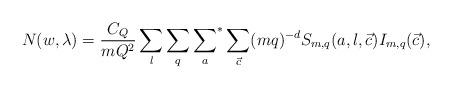
LaTeX: \begin{align*}N(w,\lambda)=\frac{C_Q } {mQ^2} \sum_{l} \sum_{q} {\sum_{a}}^* \sum_{\vec{c} }(mq)^{-d} S_{m,q}(a,l,\vec{c})I_{m,q}(\vec{c}),\end{align*}